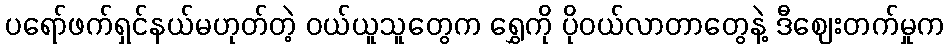
ပရော်ဖက်ရှင်နယ်မဟုတ်တဲ့ ဝယ်ယူသူတွေက ရွှေကို ပိုဝယ်လာတာတွေနဲ့ ဒီဈေးတက်မှုက